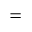
=